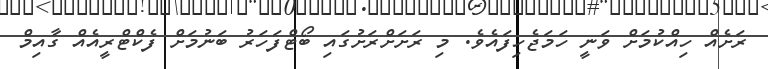
ރަށެއް ހިއްކުމަށް ވަނީ ހަމަޖެހިފައެވެ. މި ރަށަށްރަށުގައި ބޯޓްފަހަރު ބަނުމަށް ފެކްޓްރީއެއް ގާއިމް